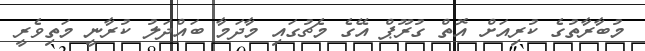
މުބާރާތުގެ ކުރިއަށް އޮތް ގުރޫޕް އޭގެ މެޗުގައި މާދަމާ ބައްދަލު ކުރާނީ މަތިވެރީ